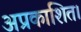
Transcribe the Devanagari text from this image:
अप्रकाशित।